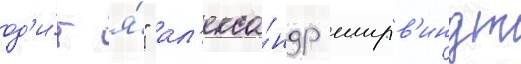
од'и́н я́" ал'екса́ндр ширв'индт